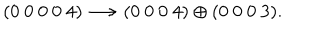
( 0 ~ 0 ~ 0 ~ 0 ~ 4 ) \longrightarrow ( 0 ~ 0 ~ 0 ~ 4 ) \oplus ( 0 ~ 0 ~ 0 ~ 3 ) .